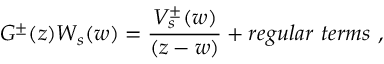
G ^ { \pm } ( z ) W _ { s } ( w ) = { \frac { V _ { s } ^ { \pm } ( w ) } { ( z - w ) } } + r e g u l a r \ t e r m s \ ,